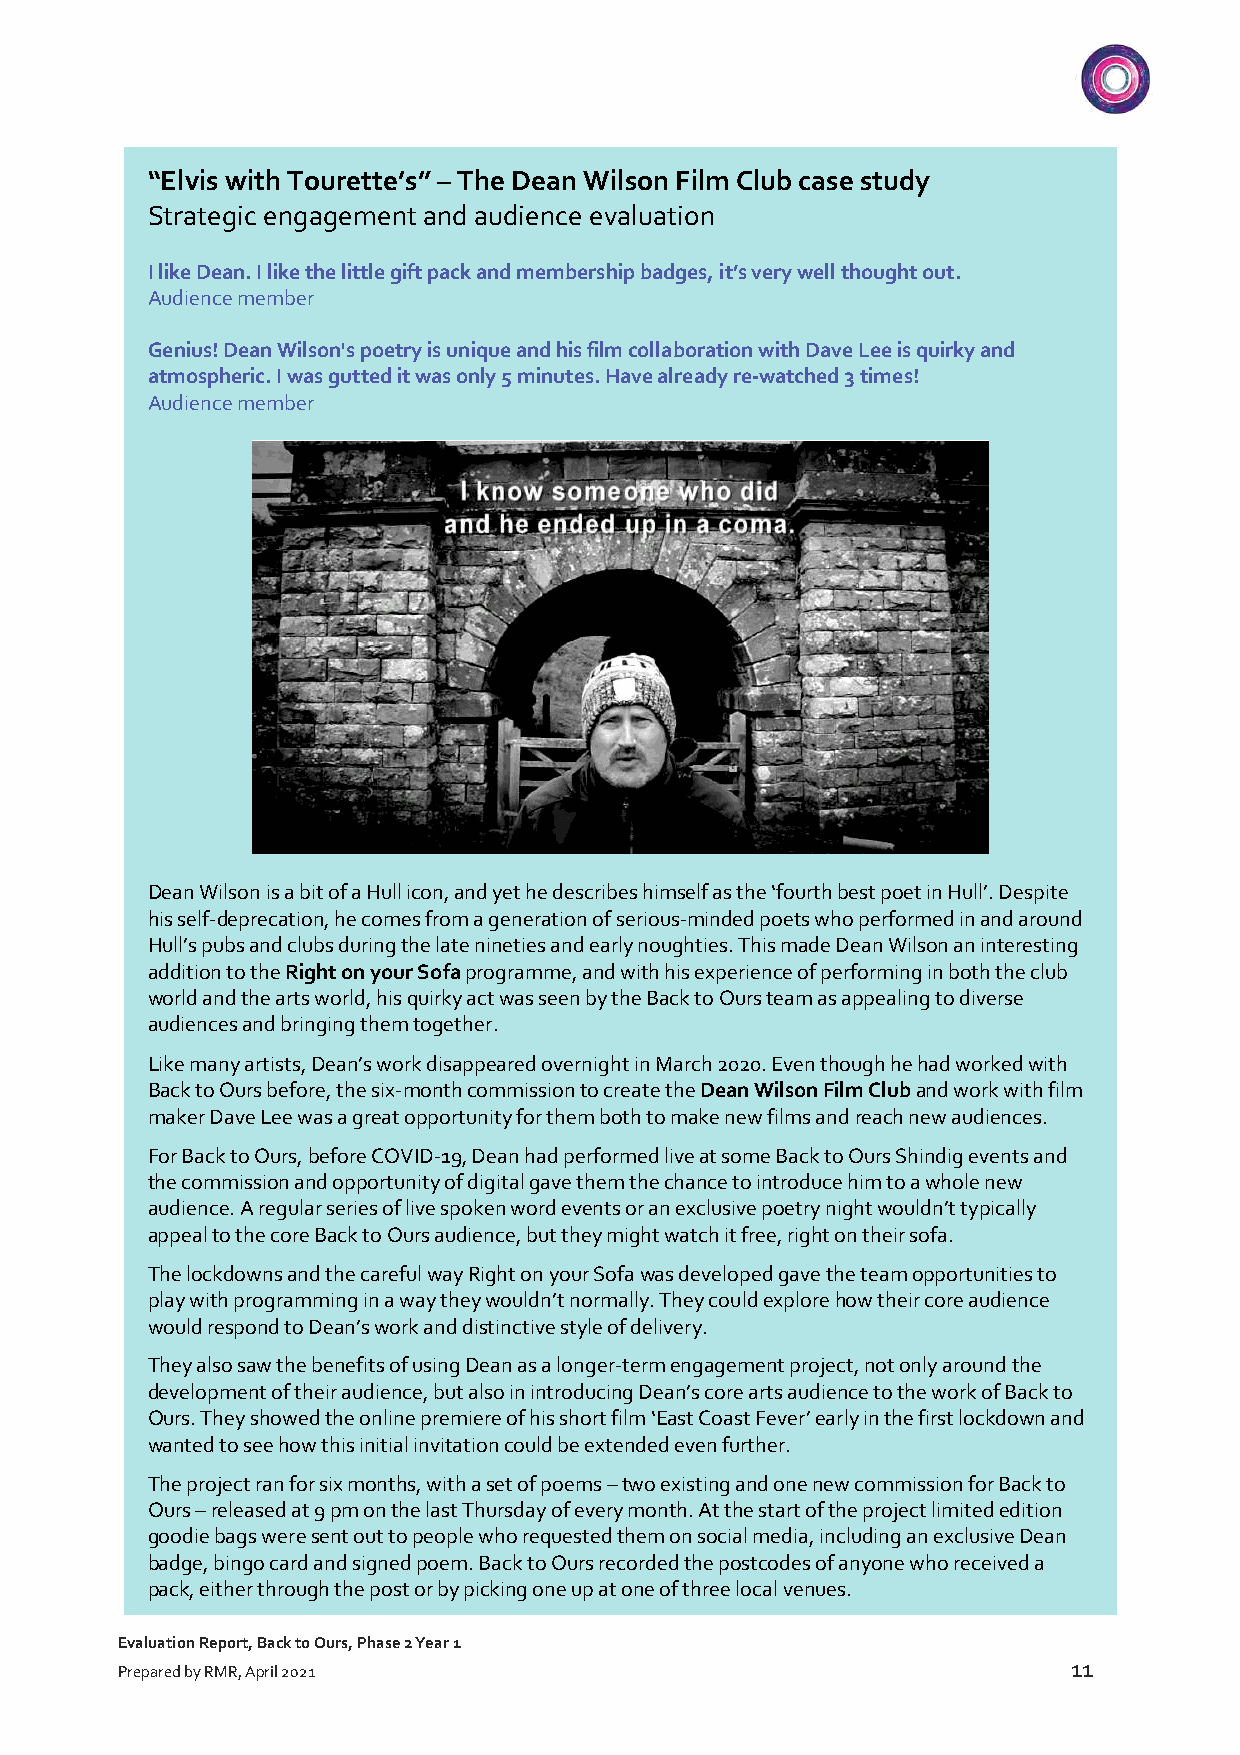
“Elvis with Tourette’s” – The Dean Wilson Film Club case study
 Strategic engagement and audience evaluation
 I like Dean. I like the little gift pack and membership badges, it’s very well thought out.
 Audience member
 Genius! Dean Wilson's poetry is unique and his film collaboration with Dave Lee is quirky and
 atmospheric. I was gutted it was only 5 minutes. Have already re-watched 3 times!
 Audience member
 Dean Wilson is a bit of a Hull icon, and yet he describes himself as the ‘fourth best poet in Hull’. Despite
 his self-deprecation, he comes from a generation of serious-minded poets who performed in and around
 Hull’s pubs and clubs during the late nineties and early noughties. This made Dean Wilson an interesting
 addition to the Right on your Sofa programme, and with his experience of performing in both the club
 world and the arts world, his quirky act was seen by the Back to Ours team as appealing to diverse
 audiences and bringing them together.
 Like many artists, Dean’s work disappeared overnight in March 2020. Even though he had worked with
 Back to Ours before, the six-month commission to create the Dean Wilson Film Club and work with film
 maker Dave Lee was a great opportunity for them both to make new films and reach new audiences.
 For Back to Ours, before COVID-19, Dean had performed live at some Back to Ours Shindig events and
 the commission and opportunity of digital gave them the chance to introduce him to a whole new
 audience. A regular series of live spoken word events or an exclusive poetry night wouldn’t typically
 appeal to the core Back to Ours audience, but they might watch it free, right on their sofa.
 The lockdowns and the careful way Right on your Sofa was developed gave the team opportunities to
 play with programming in a way they wouldn’t normally. They could explore how their core audience
 would respond to Dean’s work and distinctive style of delivery.
 They also saw the benefits of using Dean as a longer-term engagement project, not only around the
 development of their audience, but also in introducing Dean’s core arts audience to the work of Back to
 Ours. They showed the online premiere of his short film ‘East Coast Fever’ early in the first lockdown and
 wanted to see how this initial invitation could be extended even further.
 The project ran for six months, with a set of poems – two existing and one new commission for Back to
 Ours – released at 9 pm on the last Thursday of every month. At the start of the project limited edition
 goodie bags were sent out to people who requested them on social media, including an exclusive Dean
 badge, bingo card and signed poem. Back to Ours recorded the postcodes of anyone who received a
 pack, either through the post or by picking one up at one of three local venues.
 Evaluation Report, Back to Ours, Phase 2 Year 1
 11
 Prepared by RMR, April 2021